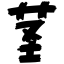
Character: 茎